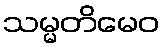
သမ္မတိမေဝ